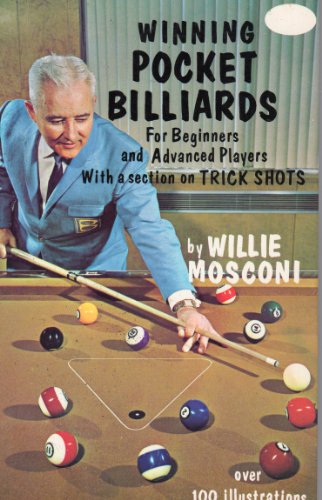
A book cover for WINNING POCKET BILLIARDS: For Beginners and Advanced Players With a Section on Trick Shots; Willie Mosconi; Sports & Outdoors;